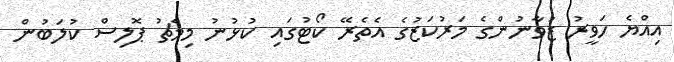
އިއްޔެ ހަވީރު ޒުވާނުންގެ މަރުކަޒުގެ އެތެރޭ ކޯޓުގައި ކުޅުނު މިމެޗު ޕޮލިސް ކުލަބުން